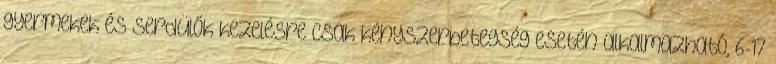
gyermekek és serdülők kezelésre csak kényszerbetegség esetén alkalmazható, 6-17